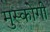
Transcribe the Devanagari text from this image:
मुस्कोगी